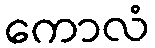
ကောလံ